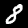
Label: 8